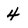
Character: 4